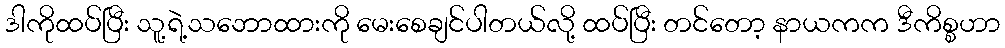
ဒါကိုထပ်ပြီး သူ့ရဲ့သဘောထားကို မေးစေချင်ပါတယ်လို့ ထပ်ပြီး တင်တော့ နာယကက ဒီကိစ္စဟာ